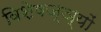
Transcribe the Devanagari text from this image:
विशेषज्ञ्यों